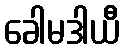
ခေါမဒါယီ